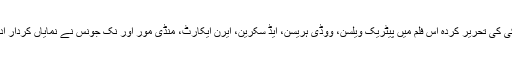
ویس ٹوکی کی تحریر کردہ اس فلم میں پیٹریک ویلسن، ووڈی ہریسن، ایڈ سکرین، ایرن ایکارٹ، منڈی مور اور نک جونس نے نمایاں کردار ادا کیا ہے۔